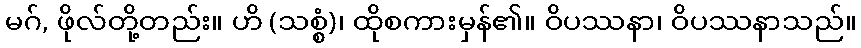
မဂ်, ဖိုလ်တို့တည်း။ ဟိ (သစ္စံ)၊ ထိုစကားမှန်၏။ ဝိပဿနာ၊ ဝိပဿနာသည်။